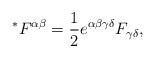
LaTeX: \begin{align*} \prescript{*}{}{F}^{\alpha\beta} = \frac{1}{2} e^{\alpha\beta\gamma\delta} F_{\gamma\delta},\end{align*}